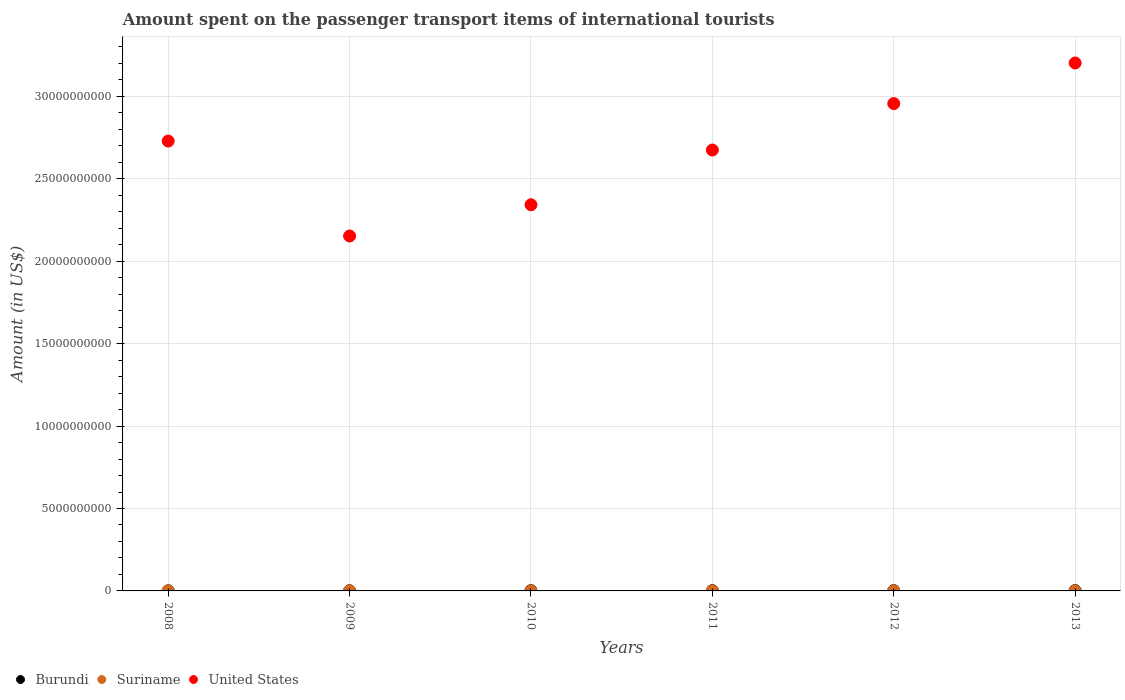
| Years | Burundi | Suriname | United States |
 | --- | --- | --- | --- |
 | 2008 | 7e+06 | 5e+06 | 2.73e+10 |
 | 2009 | 9e+06 | 3e+06 | 2.15e+10 |
 | 2010 | 1.5e+07 | 2e+06 | 2.34e+10 |
 | 2011 | 1.8e+07 | 7e+06 | 2.67e+10 |
 | 2012 | 1.6e+07 | 7e+06 | 2.96e+10 |
 | 2013 | 2e+07 | 5e+06 | 3.2e+10 |